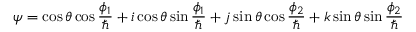
\boldsymbol { \psi } = \cos \theta \cos \frac { \phi _ { 1 } } { \hbar } + \boldsymbol { i } \cos \theta \sin \frac { \phi _ { 1 } } { \hbar } + \boldsymbol { j } \sin \theta \cos \frac { \phi _ { 2 } } { \hbar } + \boldsymbol { k } \sin \theta \sin \frac { \phi _ { 2 } } { \hbar }